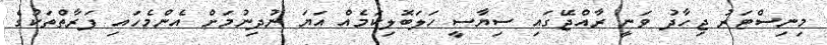
މިނިސްޓަރު ޖިހާދު ވަނީ ރާއްޖޭގައި ސިޔާސީ ހަލަބޮލިކަމެއް އަޔަ ނުދިނުމަށް އެންމެހައި ފަރާތްތަކުގެ